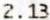
2.13